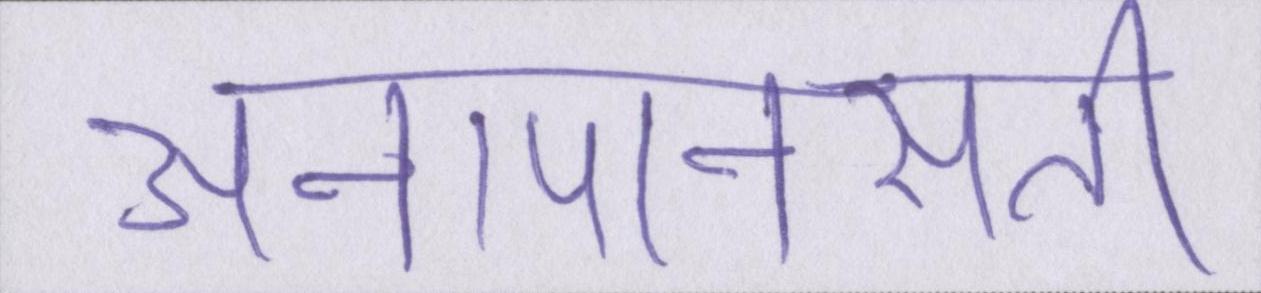
अनापानसती